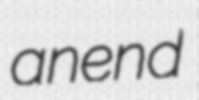
anend